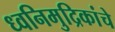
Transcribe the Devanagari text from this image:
ध्वनिमुद्रिकांचे